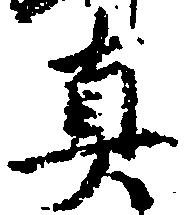
真